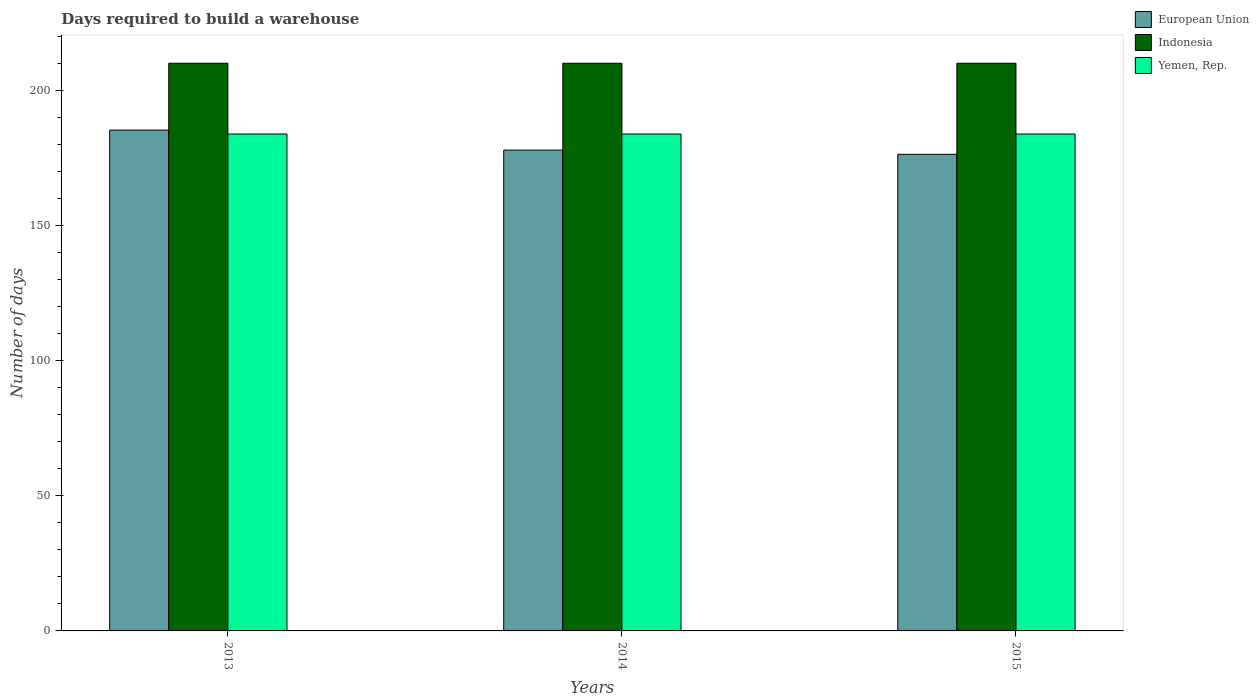
| Years | European Union | Indonesia | Yemen, Rep. |
 | --- | --- | --- | --- |
 | 2013 | 185 | 210 | 184 |
 | 2014 | 178 | 210 | 184 |
 | 2015 | 176 | 210 | 184 |